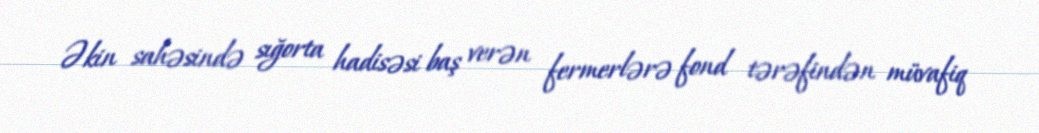
Əkin sahəsində sığorta hadisəsi baş verən fermerlərə fond tərəfindən müvafiq